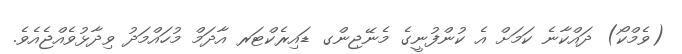
(ވެމްކޯ) ދައްކާނެ ކަމަށް އެ ކުންފުނީގެ މެނޭޖިންގ ޑައިރެކްޓަރ އާދަމް މުހައްމަދު ވިދާޅުވެއްޖެއެވެ.